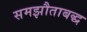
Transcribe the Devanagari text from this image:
समझौताबद्ध